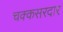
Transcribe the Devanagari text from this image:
चक्कसरदार